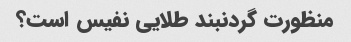
منظورت گردنبند طلایی نفیس است؟